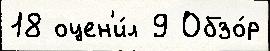
18 оцен'и́л 9 Обзо́р